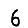
Digit: 6